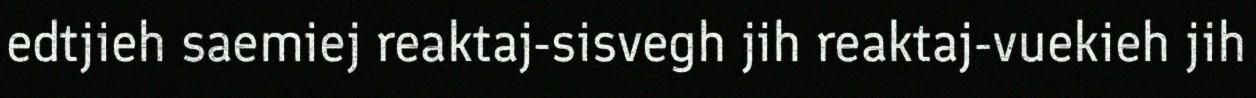
edtjieh saemiej reaktaj-sisvegh jih reaktaj-vuekieh jih